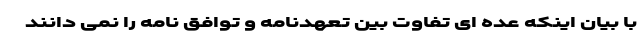
با بیان اینکه عده ای تفاوت بین تعهدنامه و توافق نامه را نمی دانند